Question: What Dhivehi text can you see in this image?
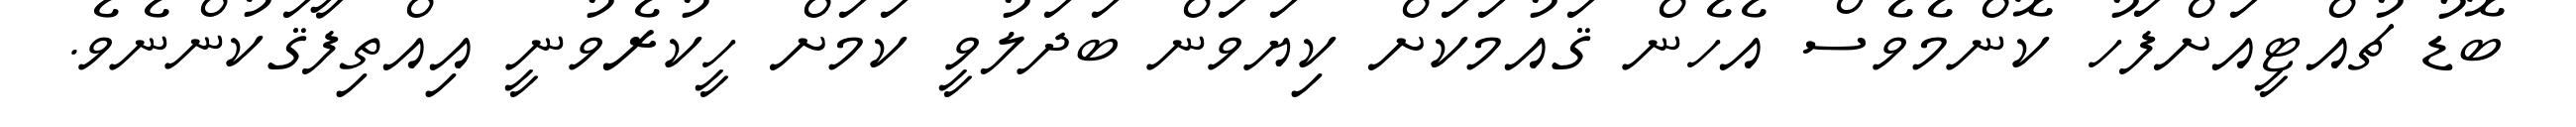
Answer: ބޮޑު ޗުއްޓީއަށްފަހު ކޮންމެވެސް އެހެން ޤައުމަކަށް ކިޔަވަން ބަދަލުވީ ކަމަށް ހީކުރެވުނީ އިއްތިފާޤަކުންނެވެ.